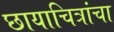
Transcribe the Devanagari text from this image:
छायाचित्रांचा